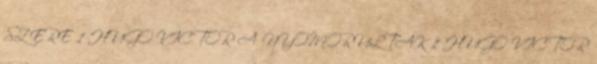
SZERE 1 HUGO VICTOR A NYOMORULTAK 1 HUGO VICTOR